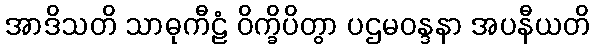
အာဒိသတိ သာဓုကီဠံ ဝိက္ခိပိတွာ ပဌမဝန္ဒနာ အပနီယတိ